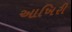
આખિરી